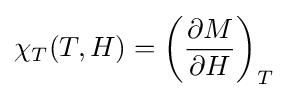
\chi _{T}(T,H)=\left({\frac {\partial M}{\partial H}}\right)_{T}